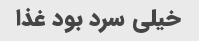
خیلی سرد بود غذا